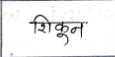
मजकूर: शिकून